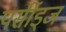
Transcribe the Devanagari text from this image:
पर्सीड्‌ज